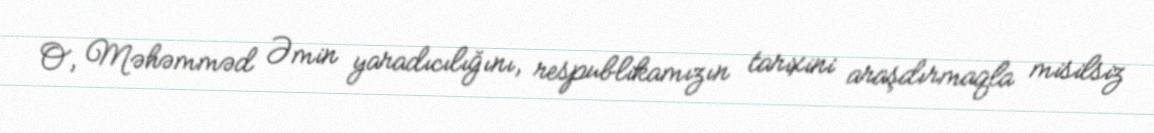
O, Məhəmməd Əmin yaradıcılığını, respublikamızın tarixini araşdırmaqla misilsiz